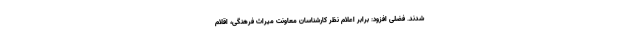
شدند. فضلی افزود: برابر اعلام نظر کارشناسان معاونت میراث فرهنگی، اقلام